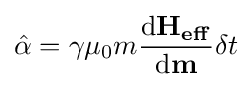
{\hat {\alpha }}=\gamma \mu _{0}m{\frac {\mathrm {d} \mathbf {H_{eff}} }{\mathrm {d} \mathbf {m} }}\delta {t}